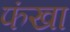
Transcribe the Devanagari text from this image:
फंखा